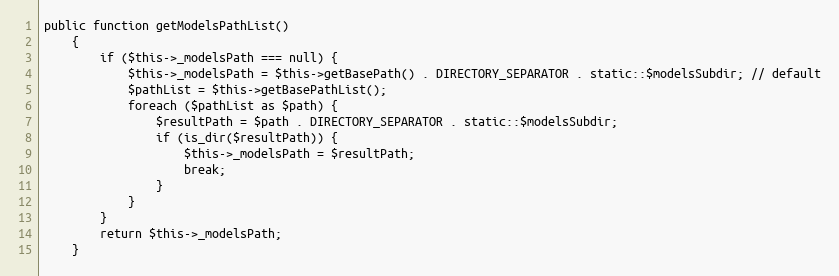
Language: PHP
public function getModelsPathList()
    {
        if ($this->_modelsPath === null) {
            $this->_modelsPath = $this->getBasePath() . DIRECTORY_SEPARATOR . static::$modelsSubdir; // default
            $pathList = $this->getBasePathList();
            foreach ($pathList as $path) {
                $resultPath = $path . DIRECTORY_SEPARATOR . static::$modelsSubdir;
                if (is_dir($resultPath)) {
                    $this->_modelsPath = $resultPath;
                    break;
                }
            }
        }
        return $this->_modelsPath;
    }